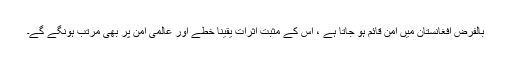
بالفرض افغانستان میں امن قائم ہو جاتا ہے ، اس کے مثبت اثرات یقینا خطے اور عالمی امن پر بھی مرتب ہونگے گے۔